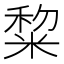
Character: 䊍